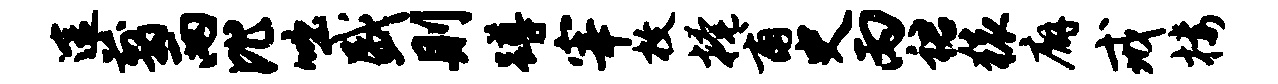
途翦两比咄盛则蹲宰枚掩甫史丙裙猿廨戒楼